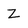
Character: Z